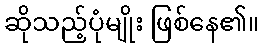
ဆိုသည့်ပုံမျိုး ဖြစ်နေ၏။